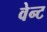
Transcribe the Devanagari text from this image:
वेन्ट